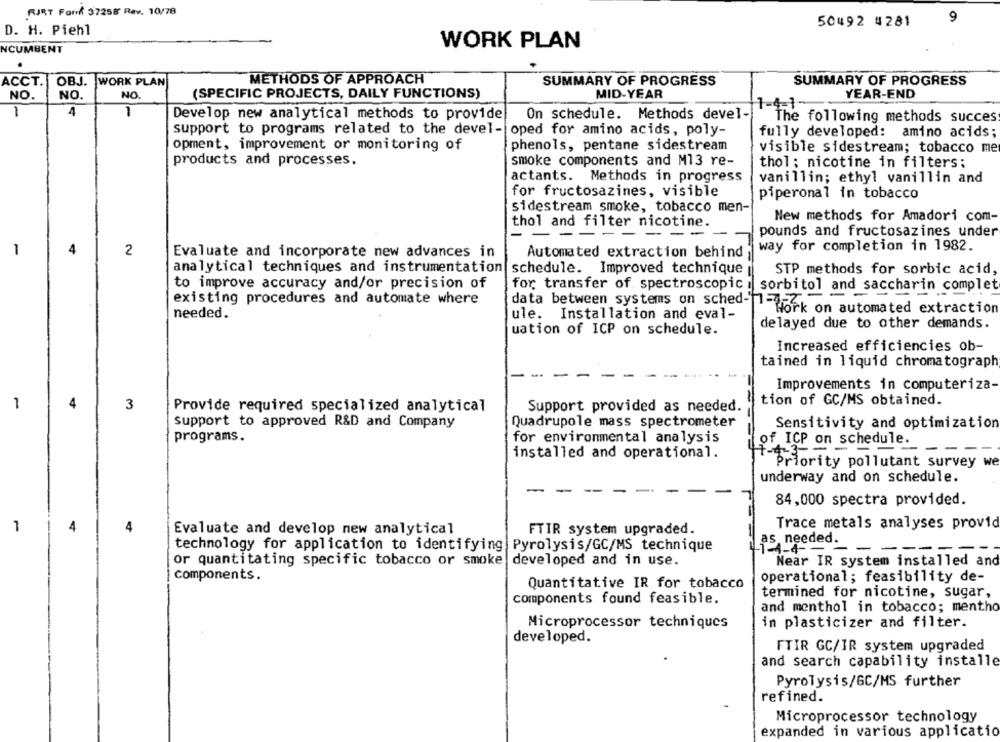
RJRT Forf 37258' Rev. 10/78
50492 4281
9
D. H. Piehl
WORK PLAN
NCUMBENT
OBJ.
WORK PLAN
METHODS OF APPROACH
SUMMARY OF PROGRESS
SUMMARY OF PROGRESS
ACCT.
NO.
NO.
NO
(SPECIFIC PROJECTS, DAILY FUNCTIONS)
MID-YEAR
YEAR-END
1-4-1-
1
4
-
Develop new analytical methods to provide
On schedule. Methods devel-
The following methods succes
support to programs related to the devel- oped for amino acids, poly-
fully developed: amino acids;
opment, improvement or monitoring of
phenols, pentane sidestream
visible sidestream; tobacco me
products and processes.
smoke components and M13 re-
thol; nicotine in filters;
actants. Methods in progress
vanillin; ethyl vanillin and
for fructosazines, visible
piperonal in tobacco
sidestream smoke, tobacco men-
New methods for Amadori com-
thol and filter nicotine.
-----
- --
pounds and fructosazines under
1
4
2
Evaluate and incorporate new advances in
Automated extraction behind
way for completion in 1982.
analytical techniques and instrumentation schedule. Improved technique
STP methods for sorbic acid,
to improve accuracy and/or precision of
for transfer of spectroscopic : sorbitol and saccharin complet
- - --
existing procedures and automate where
data between systems on sched-1 =-
"Work on automated extraction
needed.
ule. Installation and eval-
delayed due to other demands.
uation of ICP on schedule.
Increased efficiencies ob-
tained in liquid chromatograph
Improvements in computeriza-
tion of GC/MS obtained.
-
4
3
Provide required specialized analytical
Support provided as needed.
support to approved R&D and Company
Quadrupole mass spectrometer
Sensitivity and optimization
programs.
for environmental analysis
of ICP on schedule.
- -
installed and operational.
47-4-3
Priority pollutant survey we
underway and on schedule.
84,000 spectra provided.
Trace metals analyses provid
1
4
4
Evaluate and develop new analytical
FTIR system upgraded.
as needed.
technology for application to identifying Pyrolysis/GC/MS technique
- -
or quantitating specific tobacco or smoke developed and in use.
Near IR system installed and
components.
operational; feasibility de-
Quantitative IR for tobacco
termined for nicotine, sugar,
components found feasible.
and menthol in tobacco; mentho
in plasticizer and filter.
Microprocessor techniques
developed.
FTIR GC/IR system upgraded
and search capability installe
Pyrolysis/GC/MS further
refined.
Microprocessor technology
expanded in various applicatio